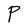
Character: P